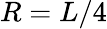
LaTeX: R=L/4